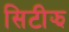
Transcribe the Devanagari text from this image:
सिटीझ